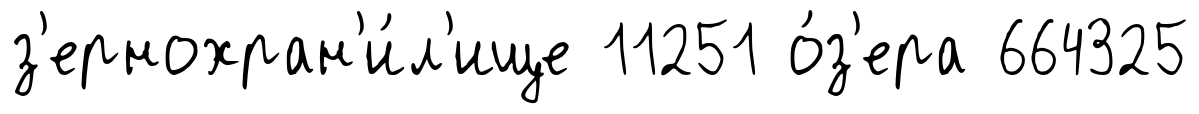
з'ернохран'и́л'ище 11251 о́з'ера 664325